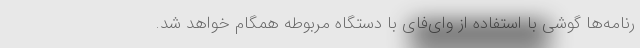
رنامه‌ها گوشی با استفاده از وای‌فای با دستگاه مربوطه همگام خواهد شد.